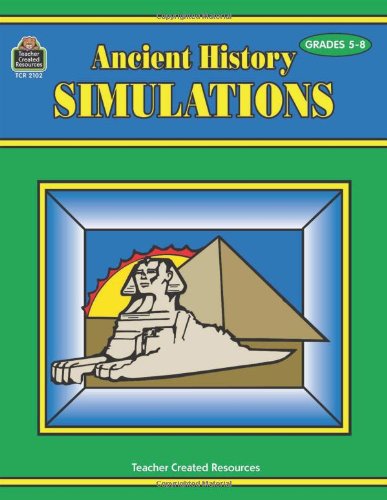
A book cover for Ancient History Simulations; Max Fischer; History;